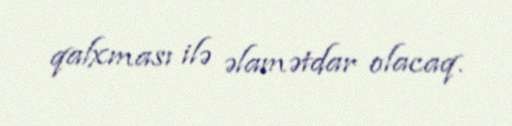
qalxması ilə əlamətdar olacaq.